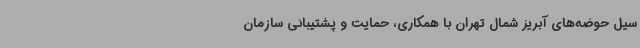
سیل حوضه‌های آبریز شمال تهران با همکاری، حمایت و پشتیبانی سازمان